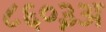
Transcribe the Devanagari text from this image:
८६०३अ